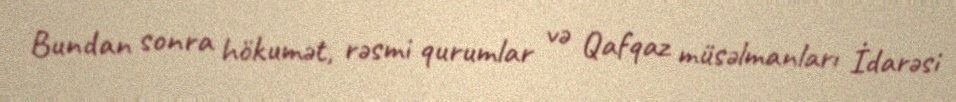
Bundan sonra hökumət, rəsmi qurumlar və Qafqaz müsəlmanları İdarəsi